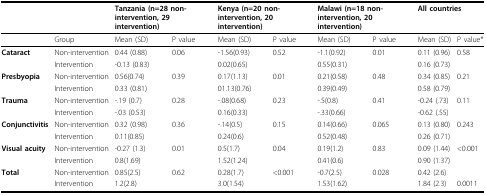
<table><thead><tr><td></td><td></td><td colspan="2"><b>Tanzania (n=28 non-intervention, 29 intervention)</b></td><td colspan="2"><b>Kenya (n=20 non-intervention, 20 intervention)</b></td><td colspan="2"><b>Malawi (n=18 non-intervention, 20 intervention)</b></td><td colspan="2"><b>All countries</b></td></tr></thead><tbody><tr><td></td><td>Group</td><td>Mean (SD)</td><td>P value</td><td>Mean (SD)</td><td>P value</td><td>Mean (SD)</td><td>P value</td><td>Mean (SD)</td><td>P value*</td></tr><tr><td><b>Cataract</b></td><td>Non-intervention</td><td>0.44 (0.88)</td><td>0.06</td><td>-1.56(0.93)</td><td>0.52</td><td>-1.1(0.92)</td><td>0.01</td><td>0.11 (0.96)</td><td>0.58</td></tr><tr><td></td><td>Intervention</td><td>-0.13 (0.83)</td><td></td><td>0.02(0.65)</td><td></td><td>0.55(0.31)</td><td></td><td>0.16 (0.73)</td><td></td></tr><tr><td><b>Presbyopia</b></td><td>Non-intervention</td><td>0.56(0.74)</td><td>0.39</td><td>0.17(1.13)</td><td>0.01</td><td>0.21(0.58)</td><td>0.48</td><td>0.34 (0.85)</td><td>0.21</td></tr><tr><td></td><td>Intervention</td><td>0.33 (0.81)</td><td></td><td>01.13(0.76)</td><td></td><td>0.39(0.49)</td><td></td><td>0.58 (0.79)</td><td></td></tr><tr><td><b>Trauma</b></td><td>Non-intervention</td><td>-.19 (0.7)</td><td>0.28</td><td>-.08(0.68)</td><td>0.23</td><td>-.5(0.8)</td><td>0.41</td><td>-0.24 (.73)</td><td>0.11</td></tr><tr><td></td><td>Intervention</td><td>-.03 (0.53)</td><td></td><td>0.16(0.33)</td><td></td><td>-.33(0.66)</td><td></td><td>-0.62 (.55)</td><td></td></tr><tr><td><b>Conjunctivitis</b></td><td>Non-intervention</td><td>0.32 (0.98)</td><td>0.36</td><td>-.14(0.5)</td><td>0.15</td><td>0.14(0.66)</td><td>0.065</td><td>0.13 (0.80)</td><td>0.243</td></tr><tr><td></td><td>Intervention</td><td>0.11(0.85)</td><td></td><td>0.24(0.6)</td><td></td><td>0.52(0.48)</td><td></td><td>0.26 (0.71)</td><td></td></tr><tr><td><b>Visual acuity</b></td><td>Non-intervention</td><td>-0.27 (1.3)</td><td>0.01</td><td>0.5(1.7)</td><td>0.04</td><td>0.19(1.2)</td><td>0.83</td><td>0.09 (1.44)</td><td>&lt;0.001</td></tr><tr><td></td><td>Intervention</td><td>0.8(1.69)</td><td></td><td>1.52(1.24)</td><td></td><td>0.41(0.6)</td><td></td><td>0.90 (1.37)</td><td></td></tr><tr><td><b>Total</b></td><td>Non-intervention</td><td>0.85(2.5)</td><td>0.62</td><td>0.28(1.7)</td><td>&lt;0.001</td><td>-0.7(2.5)</td><td>0.028</td><td>0.42 (2.6)</td><td></td></tr><tr><td></td><td>Intervention</td><td>1.2(2.8)</td><td></td><td>3.0(1.54)</td><td></td><td>1.53(1.62)</td><td></td><td>1.84 (2.3)</td><td>0.0011</td></tr></tbody></table>